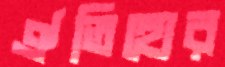
ঐতিহ্যের